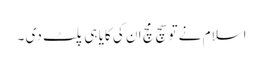
اسلام نے تو سچ مچ ان کی کایا ہی پلٹ دی ۔